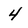
Character: 4